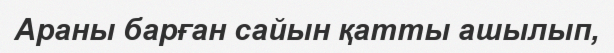
Араны барған сайын қатты ашылып,